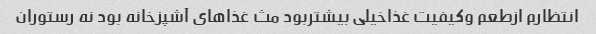
انتظارم ازطعم وکیفیت غذاخیلی بیشتربود مث غذاهای آشپزخانه بود نه رستوران